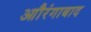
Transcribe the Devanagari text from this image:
आौरंगाबाद